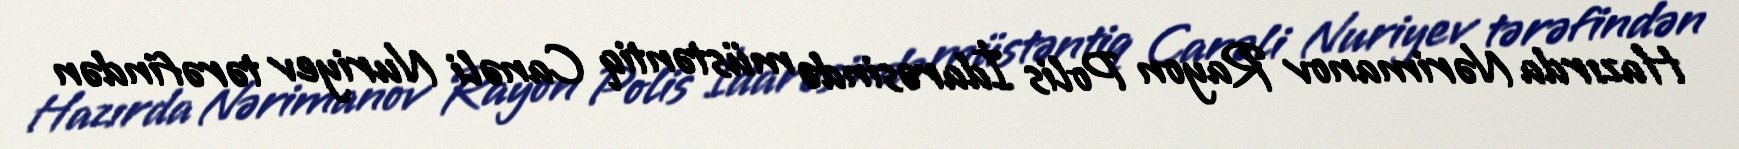
Hazırda Nərimanov Rayon Polis İdarəsində müstəntiq Canəli Nuriyev tərəfindən